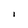
Character: I